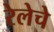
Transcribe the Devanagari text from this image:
रेलेचे